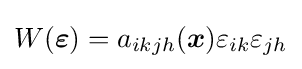
W({\boldsymbol {\varepsilon }})=a_{ikjh}({\boldsymbol {x}})\varepsilon _{ik}\varepsilon _{jh}